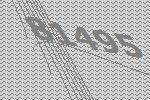
81495